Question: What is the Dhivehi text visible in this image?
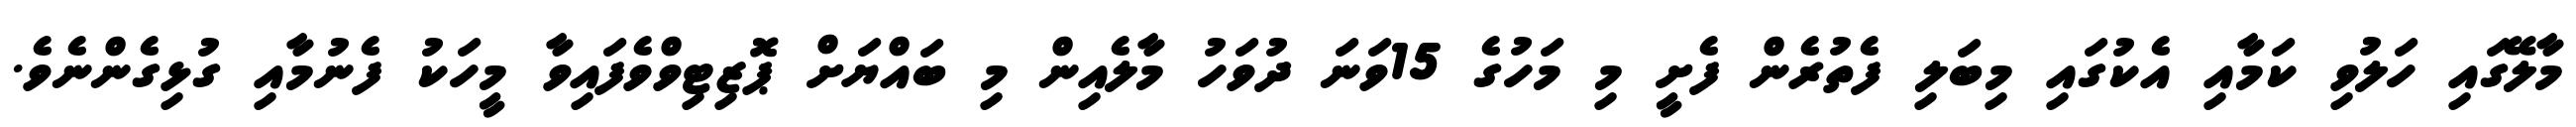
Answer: މާލޭގައި ހަލުވި ކަމާއި އެކުގައި މިބަލި ފެތުރެން ފެށީ މި މަހުގެ 15ވަނަ ދުވަހު މާލެއިން މި ބައްޔަށް ޕޮޒިޓިވްވެފައިވާ މީހަކު ފެނުމާއި ގުޅިގެންނެވެ.